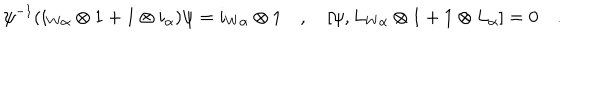
\psi ^ { - 1 } ( i _ { W \alpha } \otimes 1 + 1 \otimes i _ { \alpha } ) \psi = i _ { W \alpha } \otimes 1 \quad , \quad [ \psi , L _ { W \alpha } \otimes 1 + 1 \otimes L _ { \alpha } ] = 0 \quad .